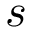
s